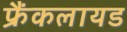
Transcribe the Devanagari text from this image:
फ्रैंकलायड